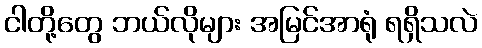
ငါတို့တွေ ဘယ်လိုများ အမြင်အာရုံ ရရှိသလဲ